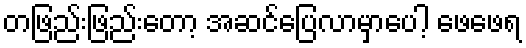
တဖြည်းဖြည်းတော့ အဆင်ပြေလာမှာပေါ့ ဖေဖေရ